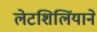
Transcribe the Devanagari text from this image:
लेटशिलिंयाने